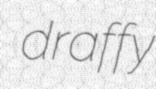
draffy